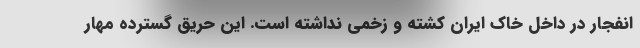
انفجار در داخل خاک ایران کشته و زخمی نداشته است. این حریق گسترده مهار